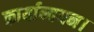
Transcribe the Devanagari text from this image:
कार्यान्वयन।